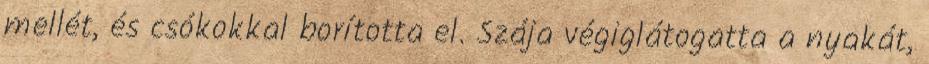
mellét, és csókokkal borította el. Szája végiglátogatta a nyakát,